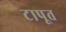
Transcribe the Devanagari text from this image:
टापूत